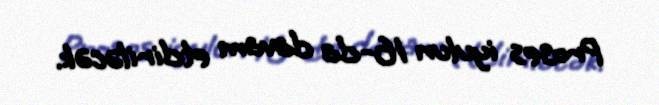
Proses iyulun 16-da davam etdiriləcək.